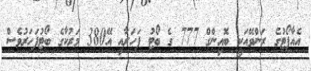
އެއާޕޯޓުގެ ރަންވޭއަކީ ބޮއިންގް 777 ގެ ބޯޓު ފަހަރާއި އޭ380 މަރުކާގެ ބޯޓުފަހަރުވެސް